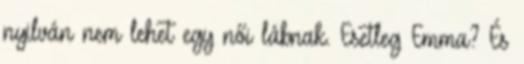
nyilván nem lehet egy női lábnak. Esetleg Emma? És